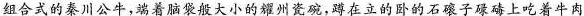
组合式的秦川公牛,端着脑袋般大小的耀州瓷碗,蹲在立的卧的石碾子碌碡上吃着牛肉